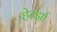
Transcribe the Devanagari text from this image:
हेर्त्झा